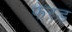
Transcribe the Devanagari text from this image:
फे्रड